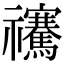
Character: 𥜴